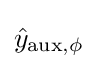
{\hat {y}}_{{\text{aux}},\phi }